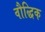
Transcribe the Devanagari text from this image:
वौद्धिक